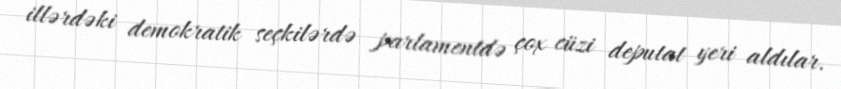
illərdəki demokratik seçkilərdə parlamentdə çox cüzi deputat yeri aldılar.